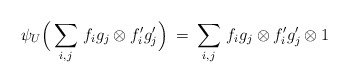
\begin{align*}\lefteqn{ \psi_U \Big( \sum \limits_{ {i}, {j} } \, {f}_{ {i}} {g}_{ {j}} \otimes f'_{ {i}} g'_{ {j}} \Big) \: = \: \sum \limits_{ {i}, {j} } \, {f}_{ {i}} {g}_{ {j}} \otimes f'_{ {i}} g'_{{j}} \otimes 1 }.\end{align*}